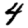
Digit: 4